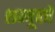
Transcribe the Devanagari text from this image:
शम्बूको